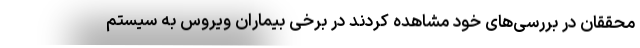
محققان در بررسی‌های خود مشاهده کردند در برخی بیماران ویروس به سیستم